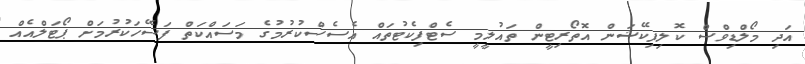
އަދި މޯލްޑިވްސް ކޮލިފިކޭޝަން އޮތޯރިޓީން ތައުލީމީ ސެޓްފިކެޓުތައް އެސެސްކުރުމުގެ މަސައްކަތް ފަސޭހަކުރުމަށް ޕޯޓަލްއެއް